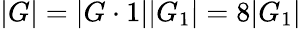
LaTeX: |G|=|G\cdot 1||G_{1}|=8|G_{1}|